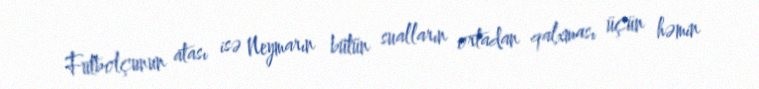
Futbolçunun atası isə Neymarın bütün sualların ortadan qalxması üçün həmin